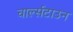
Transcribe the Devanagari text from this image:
चार्ल्सटाउन